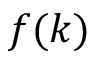
f ( k )